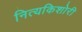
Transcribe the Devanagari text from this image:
नित्यकिशोरी